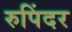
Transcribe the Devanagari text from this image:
रुपिंदर